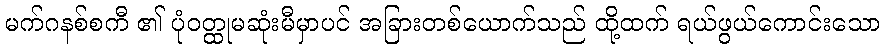
မက်ဂနစ်စကီ ၏ ပုံဝတ္ထုမဆုံးမီမှာပင် အခြားတစ်ယောက်သည် ထို့ထက် ရယ်ဖွယ်ကောင်းသော